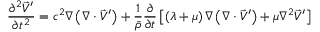
\frac { \partial ^ { 2 } \vec { V } ^ { \prime } } { \partial t ^ { 2 } } = c ^ { 2 } \nabla \left( \nabla \cdot \vec { V } ^ { \prime } \right) + \frac { 1 } { \bar { \rho } } \frac { \partial } { \partial t } \left[ \left( \lambda + \mu \right) \nabla \left( \nabla \cdot \vec { V } ^ { \prime } \right) + \mu \nabla ^ { 2 } \vec { V } ^ { \prime } \right]